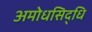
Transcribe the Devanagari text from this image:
अमोधसिद्धि